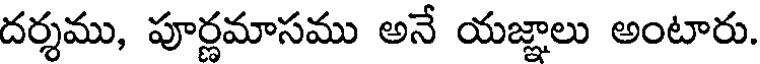
దర్శము, పూర్ణమాసము అనే యజ్ఞాలు అంటారు.